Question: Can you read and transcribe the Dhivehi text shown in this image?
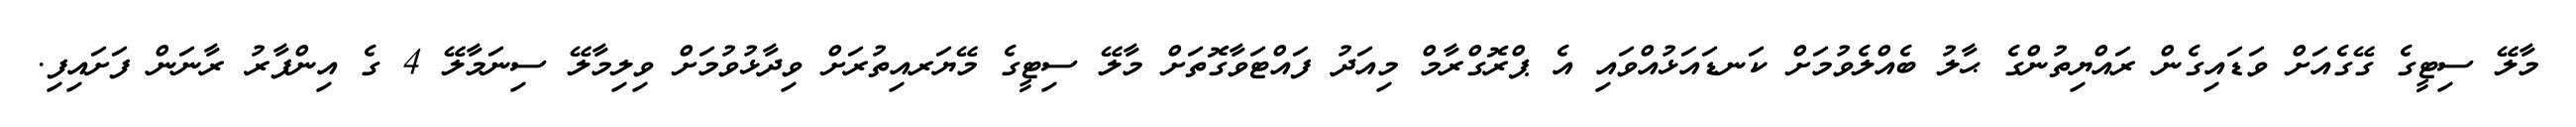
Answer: މާލޭ ސިޓީގެ ގޭގެއަށް ވަޑައިގެން ރައްޔިތުންގެ ޙާލު ބެއްލެވުމަށް ކަނޑައަޅުއްވައި އެ ޕްރޮގްރާމް މިއަދު ފައްޓަވާގޮތަށް މާލޭ ސިޓީގެ މޭޔަރއިތުރަށް ވިދާޅުވުމަށް ވިލިމާލޭ ސިނަމާލޭ 4 ގެ އިންފާރު ރާނަން ފަށައިފި.